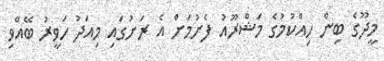
މީދޫގެ ބިން ހިއްކުމުގެ މަޝްރޫއު ފެށުމަށް އެ ރަށުގައި މިއަދު ހަވީރު ބޭއްވި